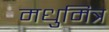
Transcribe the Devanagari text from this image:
मधुमित्र